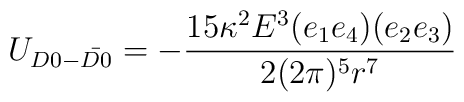
U_{D0-\bar{D0}}=-\frac{15 \kappa^2 E^3 (e_1 e_4) (e_2 e_3)}{2 (2\pi)^5 r^7}